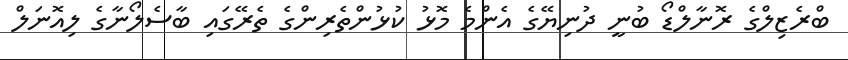
ބްރެޒިލްގެ ރޮނާލްޑޯ ބުނީ ދުނިޔޭގެ އެންމެ މޮޅު ކުޅުންތެރިންގެ ތެރޭގައި ބާސެލޯނާގެ ލިއޮނަލް